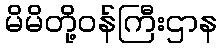
မိမိတို့ဝန်ကြီးဌာန